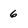
Character: 6